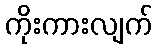
ကိုးကားလျက်